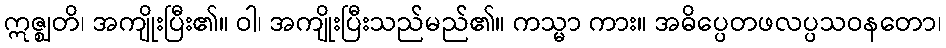
ဣဇ္ဈတိ၊ အကျိုးပြီး၏။ ဝါ၊ အကျိုးပြီးသည်မည်၏။ ကသ္မာ ကား။ အဓိပ္ပေတဖလပ္ပသဝနတော၊